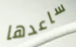
ساعدها